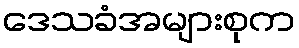
ဒေသခံအများစုက